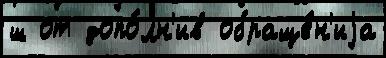
ш от допо́лн'ив обраще́н'иjа